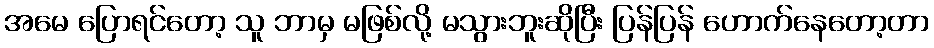
အမေ ပြောရင်တော့ သူ ဘာမှ မဖြစ်လို့ မသွားဘူးဆိုပြီး ပြန်ပြန် ဟောက်နေတော့တာ